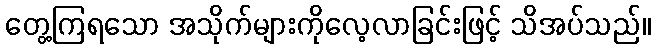
တွေ့ကြရသော အသိုက်များကိုလေ့လာခြင်းဖြင့် သိအပ်သည်။